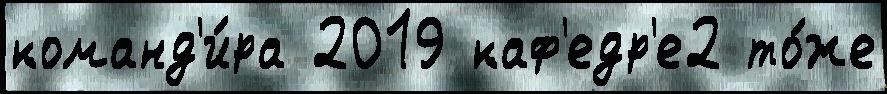
команд'и́ра 2019 каф'едр'е2 то́же